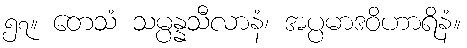
၅၇။ တေသံ သမ္ပန္နသီလာနံ၊ အပ္ပမာဒဝိဟာရိနံ။